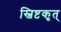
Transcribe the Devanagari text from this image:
स्विष्टकृत्